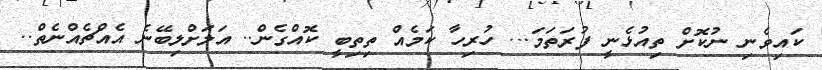
ކައިވެނި ނުކޮށް ތިއުޅެނީ ފުރަތަމަ... ހުރިހާ ކަމެއް ތިތިބީ ކޮއްގެން.. އަލަށްލިބޭނެ އެއްޗެއްނެތް..